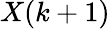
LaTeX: X(k+1)